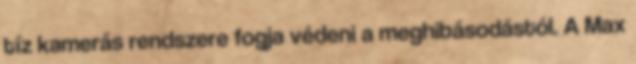
tíz kamerás rendszere fogja védeni a meghibásodástól. A Max